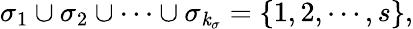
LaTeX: \sigma_{1}\cup\sigma_{2}\cup\cdots\cup\sigma_{\mathit{k}_{\sigma}}=\{ 1,2,\cdots,s\} ,